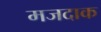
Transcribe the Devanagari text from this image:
मजदाक